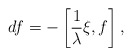
\begin{align*}df=-\left[\frac{1}{\lambda}\xi, f\right],~~~\end{align*}